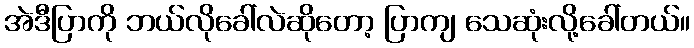
အဲဒီပြာကို ဘယ်လိုခေါ်လဲဆိုတော့ ပြာကျ သေဆုံးလို့ခေါ်တယ်။